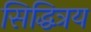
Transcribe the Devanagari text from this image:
सिद्धित्रय